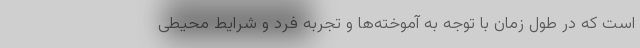
است که در طول زمان با توجه به آموخته‌ها و تجربه فرد و شرایط محیطی